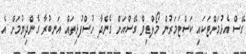
ގޭސް އެޅުމަށްޓަކައި ކަސްޓަމަރުން މޯލްޑިވް ގޭސްއަށް ގެންދާ ހުސްފުޅިތައް އަނބުރާ ގެންދިޔުމަށް އެ